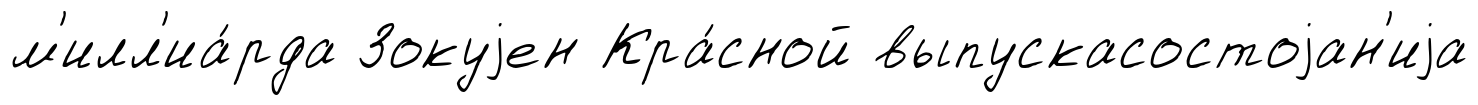
м'илл'иа́рда Зокуjен Кра́сной выпускасостоjан'иjа